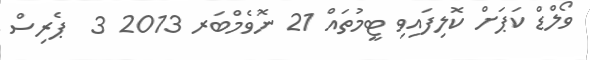
ވޯލްޑް ކަޕަށް ކޮލިފައިވި ޓީމުތައް 21 ނޮވެމްބަރ 2013 3  ޕެރިސް